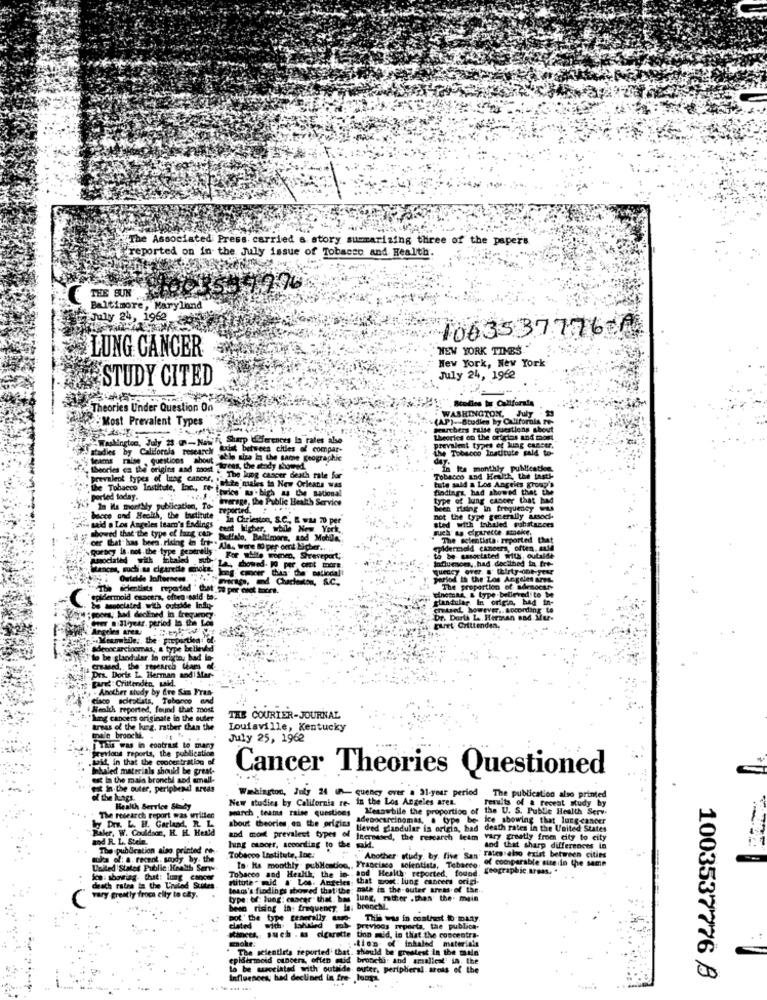
The Associated Press carried & story summarizing three of the papers
"reported on in the Jully issue of Tobacco and Health.
76
THE SUN 96
Baltimore, Maryland
Sur July 24, 1962
10635 37776
LUNG CANCER
NEW YORK TIMES.
New York, New York
STUDY CITED
July 24, 1962
Theories Under Question On
Most Prevalent Types
(AP)- Studien by California re
WASHINGTON, July
pourbers rtlse questions shev
Washington, July 28 -s-Nul F Sharp differences la rates also
theories on the oricios and mos
udles by Califorola research
youist between cities of compar-
the Tobacco Institute paid to-
prevalent types of lung cancer,
the Tobacco Institute paid to
prevalent types of lung cancer
teams raise , questions about
able she in the same geographic
daY.
trees, the study showed
in Its monthly publication
Morles es the origins and moost & The lung cancer death rate for
Tobacco and Health, the tasti-
tute sald a Los Angeles group's
Tobacco
th the last !-
cells group's
prevalent types of litog cancer. "ette males to New Orleans was
the Tobacco Institute, Inc ., " twice" which u de sational
findings, had showed that the
ed that the
porled today.
In Ma monthly publication, To verage, the Public Health Service
type of lung cancer that had
that Ma
ten rising in frequency
bquency
bocce and Health, the Institute . in Chrieston, S.C ., E was 70 per
not the type generally associ-
sted with inhaled pabstances
rally asoch
said a Los Angeles learn's Endings
showed that the type of hang can-
cent higher, while New York,
such' & citrette smoke.
Buffalo, Baltimore, and Mobile,
The scientista. reported that
",goran is not the type generally"
cer that has been, riding in the. Ala, were to per omt Licher .. .
epidermald cineers, often, andd
Associated with khaled b
For white men, Stevepart,
to be casoulated with, outaler
Influmom, had decilhed ta, fre-
Mances, such as cigarette mnoke.
La showed. WO per cent mart
period in the Los Angeles ans.
einemas & type-believed to be
The proportion of ademocsr-
epidermoid custera, ofteg said to.
glandular In origin, had in-
chased, however ,. according to
Cuer : Iliyear, period to the Les
Dr. Darts La Hirman sad Mur-
Furt Crittenden.
fi Angeles area
adenocarcinomas, a type believed
to be glandular le origtay bad in-
Pra. Doris L Herman and| Mar-
Paret Crittenden, tid.
. Another study by fire Sim Fran
Giaco soitstats, Tebonco and
Health reported, found that most
"hong cancers originate in the outer
THE COURIER-JOURNAL
areas of the leg, rather than the
Louisville, Kentucky
male brooch ..
July 25, 1962
previous reports, the publication
This was in contrast to marg
soit, in that the coocestration of
Inhaled materials should be great-
et in the mais bronchi and small-
Cancer Theories Questioned
et in the outer, peripheral areas
Washington, July 24 (n- quency over a 31-year period
of the lungs.
New studies by California re- in the Los Angeles area.
results of a recent study by
The publication also printed
Health Service Shady
march ,teams raise questions
Wesawbile the proportion of
the U. S. Public Health Serv.
by Drs. L. H. Garland, R. L.
The research report was written
about theories en the origins
adenocarcinomas, a type be- ice showing that lungcancer
Baker, W. Couldson, H. H. Heald
Heved glandular is origin, bad death rates in the United States
and R. L. Stele.
and mont prevalent types of Increased, the research leim vary greatly from city to city
The publication aiso printed co-
hung ousorr, according to the maid.
and that sharp differences in
tuka of: a. recent. soudy, by. the
Tobacco Institute, Inc .:
Another study, by. five San raten also exist between cities
of comparable size :in the same
United States Public Health Serw
Tobacco and Health, the in . and Health reported, found.
Ta. Its monthly publication ,, Francisco solentists, Tebarco
geographic.Armas,"
Son: showing. that: lung cancer
situte . mid # Los Angeles, that most: lung cancers origi.
death rates in the United States
team's findings showed that the; nale in the outer areas of the.
C
vary greatly from city to city.
type: of: lung: caacer that bag lung, rather .than the. main
beso rising in: frequency. In; bronchi.
"pot' the bpe generally.
This was in contrast to-many
clated
previous reporta, the publica-
Kinects, such . as cigarette tion mid, in that the concentra-
tion of" inhaled materials
The scientists reported that. should be greatest In the main'
epidermoid cincera, often sud bronchi: and smallest" in. the
to be acacciated with outside outer, peripheral atois of the
Influencesy had declined in fre- longa.
1003537776 8